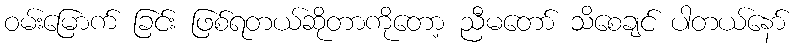
ဝမ်းမြောက် ခြင်း ဖြစ်ရတယ်ဆိုတာကိုတော့ ညီမတော် သိစေချင် ပါတယ်နော်